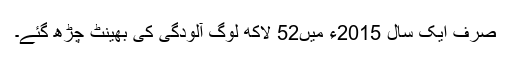
صرف ایک سال 2015ء میں52 لاکھ لوگ آلودگی کی بھینٹ چڑھ گئے۔